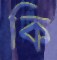
কি